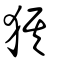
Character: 猉